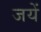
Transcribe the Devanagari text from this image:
जयें